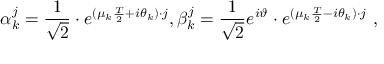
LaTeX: \alpha _ { k } ^ { j } = { \frac { 1 } { \sqrt { 2 } } } \cdot e ^ { ( \mu _ { k } { \frac { T } { 2 } } + i \theta _ { k } ) \cdot j } , \beta _ { k } ^ { j } = { \frac { 1 } { \sqrt { 2 } } } e ^ { i \vartheta } \cdot e ^ { ( \mu _ { k } { \frac { T } { 2 } } - i \theta _ { k } ) \cdot j } \ ,